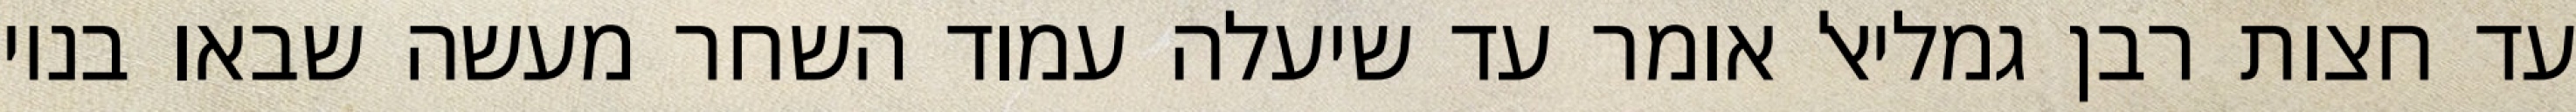
עד חצות רבן גמליאל אומר עד שיעלה עמוד השחר מעשה שבאו בניו